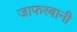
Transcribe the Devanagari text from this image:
जाफरबानी